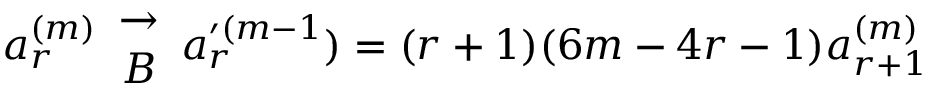
a _ { r } ^ { ( m ) } \begin{array} { c } { { \to } } \\ { { { \cal B } } } \end{array} a _ { r } ^ { \prime ( m - 1 } ) = ( r + 1 ) ( 6 m - 4 r - 1 ) a _ { r + 1 } ^ { ( m ) }